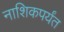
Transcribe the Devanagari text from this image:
नाशिकपर्यंत